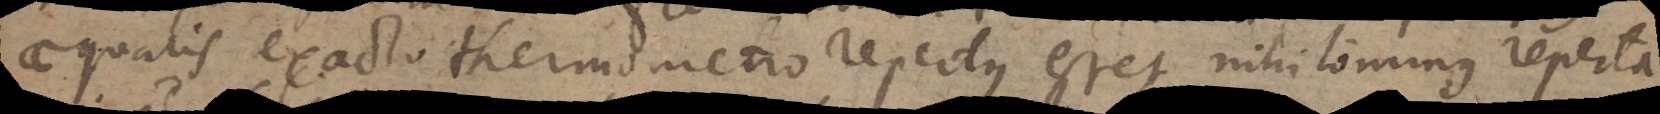
aequalis exacto thermometro repertus esset, nihilominus reperta